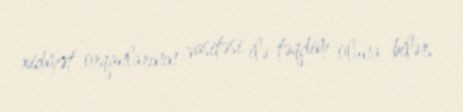
xidmət orqanlarının vasitəsi ilə təqdim oluna bilər.